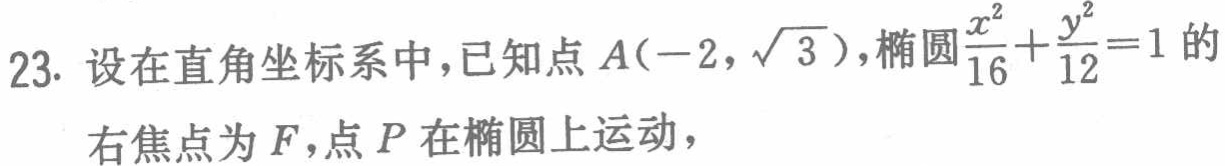
23. 设在直角坐标系中，已知点\(A(-2,\sqrt{3})\)，椭圆\(\frac{x^{2}}{16}+\frac{y^{2}}{12}=1\)的右焦点为\(F\)，点\(P\)在椭圆上运动，